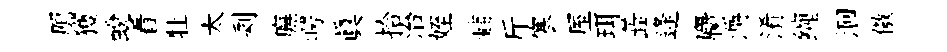
鴈獲蛻看牡太剩廡崿真拾治姪黼斤寒厔珥蕋逄麕灂淆缠洄傲